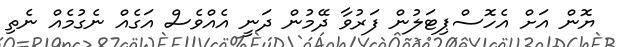
ޔޮން އަށް އެހޮސްޕިޓަލުން ފަރުވާ ދޭމުން ދަނީ އެއްވެސް އަގެއް ނެގުމެއް ނެތި